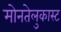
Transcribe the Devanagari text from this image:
मोनतेलुकास्ट